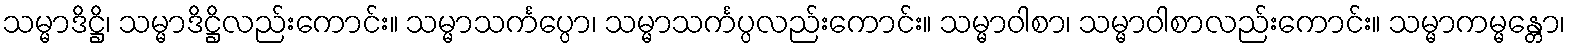
သမ္မာဒိဋ္ဌိ၊ သမ္မာဒိဋ္ဌိလည်းကောင်း။ သမ္မာသင်္ကပ္ပော၊ သမ္မာသင်္ကပ္ပလည်းကောင်း။ သမ္မာဝါစာ၊ သမ္မာဝါစာလည်းကောင်း။ သမ္မာကမ္မန္တော၊